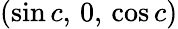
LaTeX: (\sin c,\, 0,\, \cos c)